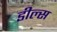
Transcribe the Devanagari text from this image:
डील्स